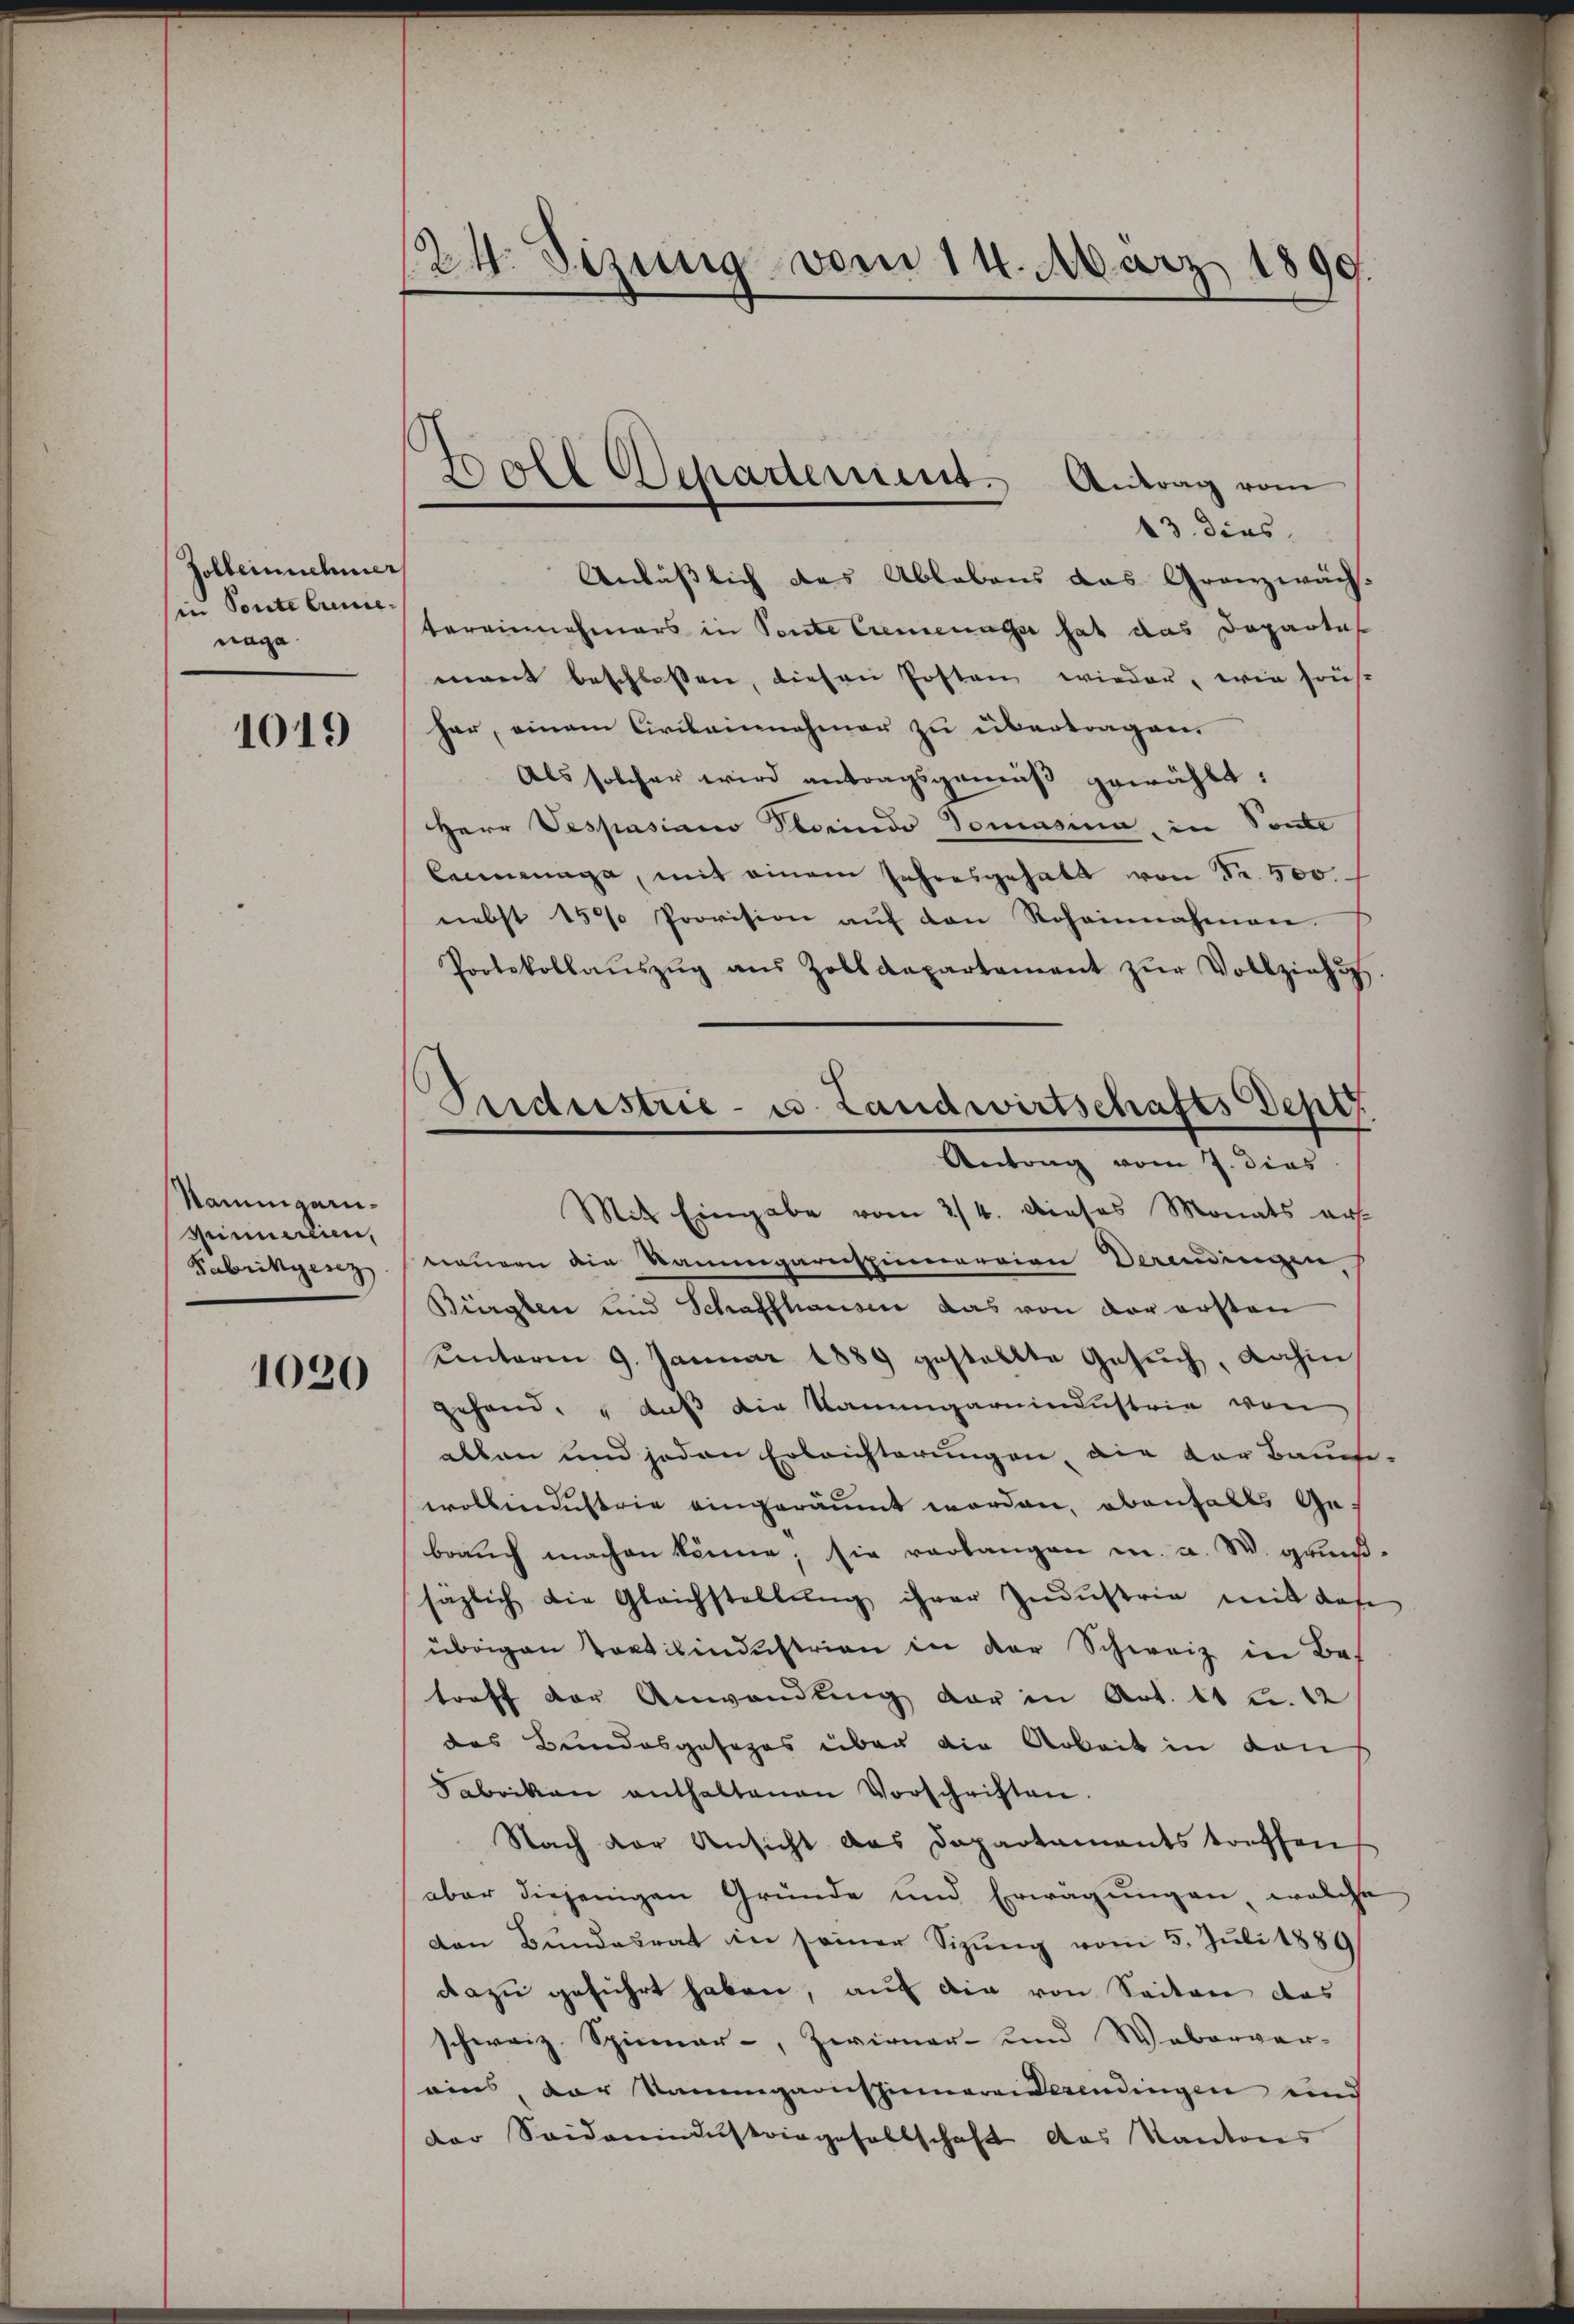
Zolleinehmer
in Ponte Erinne,
nage

1019

Naungarispinnerein,
Fabrikgese

1020

24. Sizung vom 14. März 1899.

.
.
Doll Scharterient. Antrag vom

Sicherstrie- u. Landwirtschafts Depe
Antrag vom 7. dies

13. dies
Anlässlich das Ablebens das Granzwäch-
Vereinnehmers in Ponte Cremenage hat das Departal
mant beschlossen, diesen Posten wieder, wie sous-
har, einem Civilainnahmer zu übertragen.
Als solcher wird antragsgemäß gewählt:
Herr Vespasiano Steinde Domasina, in Sonte
leimunge, mit einem Jahresgehalt von Fr. 500.
nebst 150 Provision aŭf den Rohannahmen.
Protokollaŭszŭg aŭs Zolldepartement zŭr Vollziehŭn
Mit Eingabe vom 2/4. dieses Monats art
nauern die Baumgarnspinnereien Vermingen
Bürglen und Schaffhausen das von der ersten
Unterm 9. Januar 1889 gestellte Gesuch, dahin,
gehand. " daß die Kaumgarnindustrie von
allen und jeden Erbrichterungen, die der Bauche.
wollendustrie eingeräumt worden, ebenfalls Ge-
brauch machen könne; sie verlangen u. a. W. grunßsaglich die Gleichstellung ihrer Zudustria mit das
übrigen Vortilindustrien in der Schweiz in Bes
treff der Anwendung der in Art. 11 u. 12
das Bundesgesezes über die Arbeit in den
Fabrikon enthaltenen Vorschriften.
Nach der Ansicht das Departaments treffen
aber diejenigen Gründe und Erwägungen, welche
von Bundesrat in seiner Sizŭng vom 5. Juli 1889
dazu geführt haben, auf die von Seiten das
schweiz. Spinner-, Zwirner- und Weberver-
ains, der Saumgarnspinnereierendingen und
der Seidenindustringesellschaft das Kantons